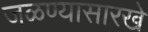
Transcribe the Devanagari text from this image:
जळण्यासारखे